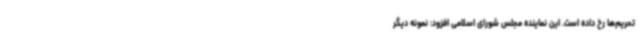
تحریم‌ها رخ داده است. این نماینده مجلس شورای اسلامی افزود: نمونه دیگر